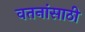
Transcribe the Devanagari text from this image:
वतनांसाठी